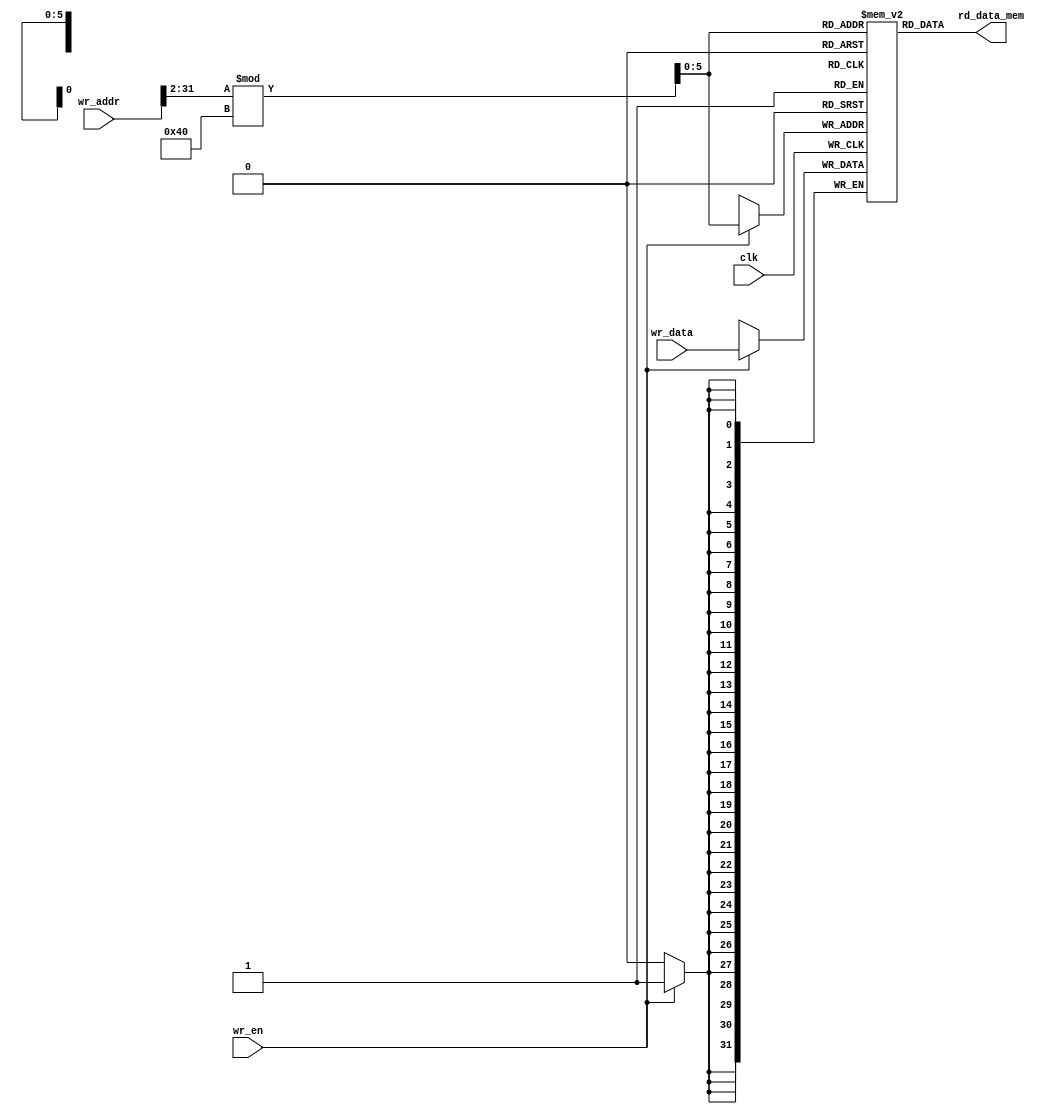

// data_mem.v - data memory for single-cycle RISC-V CPU

module data_mem #(parameter DATA_WIDTH = 32, ADDR_WIDTH = 32, MEM_SIZE = 64) (
    input       clk, wr_en,
    input       [ADDR_WIDTH-1:0] wr_addr, wr_data,
    output      [DATA_WIDTH-1:0] rd_data_mem
);

// array of 64 32-bit words or data
reg [DATA_WIDTH-1:0] data_ram [0:MEM_SIZE-1];

// combinational read logic
// word-aligned memory access
assign rd_data_mem = data_ram[wr_addr[DATA_WIDTH-1:2] % 64];

// synchronous write logic
always @(posedge clk) begin
    if (wr_en) data_ram[wr_addr[DATA_WIDTH-1:2] % 64] <= wr_data;
end

endmodule